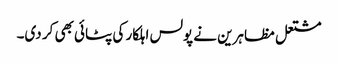
مشتعل مظاہرین نے پولس اہلکار کی پٹائی بھی کر دی۔